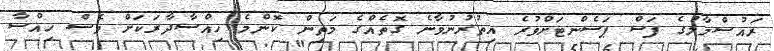
ރައުސްމާލުގެ ފަސް ޕަސެންޓަށްވުރެ އިތުރުނުވާނެ ގޮތެއްގެ މަތިން ކޮންމެ ހިއްސާދާރަކަށް ވެސް ހިއްސާ